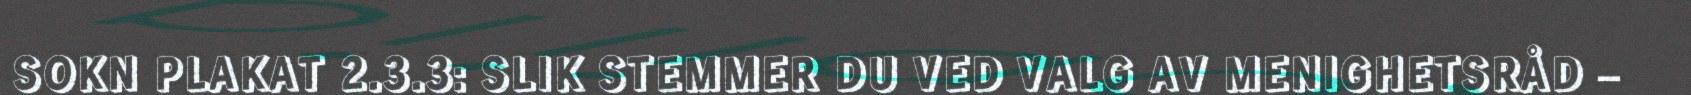
SOKN PLAKAT 2.3.3: SLIK STEMMER DU VED VALG AV MENIGHETSRÅD –